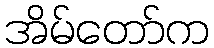
အိမ်တော်က